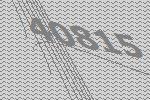
40815